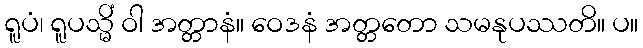
ရူပံ၊ ရူပသ္မိံ ဝါ အတ္တာနံ။ ဝေဒနံ အတ္တတော သမနုပဿတိ။ ပ။